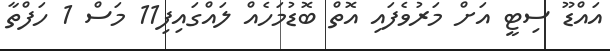
އައްޑޫ ސިޓީ އަށް މަރުވެފައި އޮތް ބޮޑުމަހެއް ލައްގައިފި11 މަސް 1 ހަފްތާ